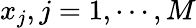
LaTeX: x_{j},j=1,\cdots,M